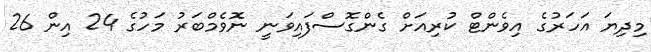
މިދިޔަ އަހަރުގެ އިވެންޓް ކުރިއަށް ގެންގޮސްފައިވަނީ ނޮވެމްބަރު މަހުގެ 24 އިން 26